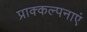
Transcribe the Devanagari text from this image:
प्राक्कल्पनाएं